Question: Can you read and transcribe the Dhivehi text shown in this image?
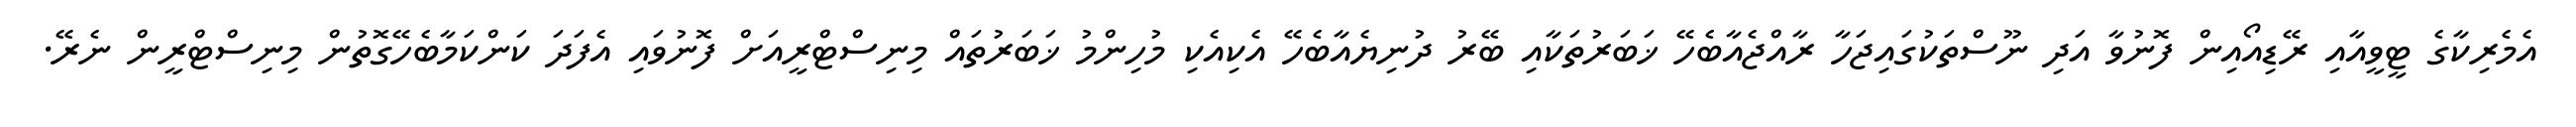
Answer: އެމެރިކާގެ ޓީވީއާއި ރޭޑިއޯއިން ފޮނުވާ އަދި ނޫސްތަކުގައިޖަހާ ރާއްޖެއާބެހޭ ޚަބަރުތަކާއި ބޭރު ދުނިޔެއާބެހޭ އެކިއެކި މުހިންމު ޚަބަރުތައް މިނިސްޓްރީއަށް ފޮނުވައި އެފަދަ ކަންކަމާބެހޭގޮތުން މިނިސްޓްރީން ނެރޭ.